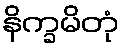
နိက္ခမိတုံ